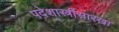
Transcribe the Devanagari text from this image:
पदेशास्त्रींसारखा